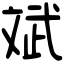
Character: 斌